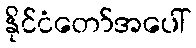
နိုင်ငံတော်အပေါ်